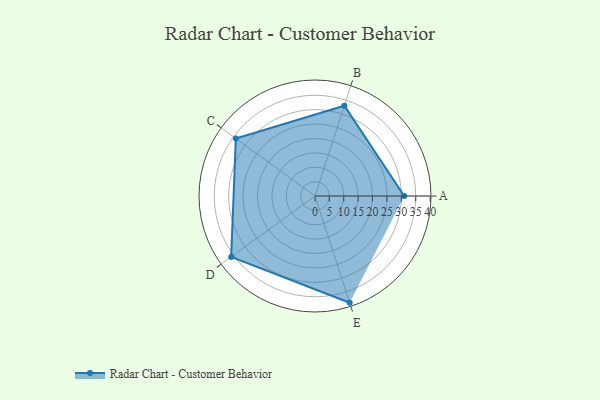
{"axis": {"x": "Skill", "y": "Score"}, "legend": ["Profile"], "data": [{"x": "A", "y": 31.0, "type": "Profile"}, {"x": "B", "y": 33.0, "type": "Profile"}, {"x": "C", "y": 34.0, "type": "Profile"}, {"x": "D", "y": 36.0, "type": "Profile"}, {"x": "E", "y": 39.0, "type": "Profile"}]}